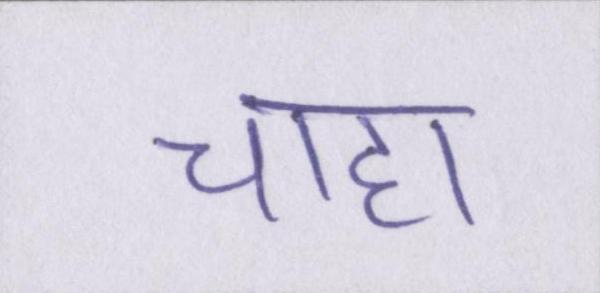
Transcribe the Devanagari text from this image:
चाहा